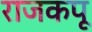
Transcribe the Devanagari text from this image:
राजकपू